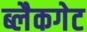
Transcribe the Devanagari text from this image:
ब्लैकगेट